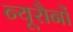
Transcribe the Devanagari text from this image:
न्यूरौनों